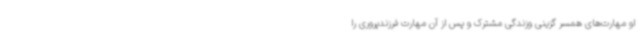
او مهارت‌های همسر گزینی وزندگی مشترک و پس از آن مهارت فرزندپروری را